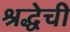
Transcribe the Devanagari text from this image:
श्रद्धेची